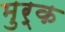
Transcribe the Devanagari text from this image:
मुर्क